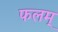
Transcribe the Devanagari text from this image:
फलम्